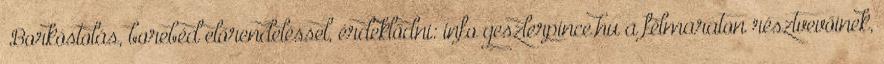
„Borkóstolás, borebéd előrendeléssel, érdeklődni: info geszlerpince.hu a félmaraton résztvevőinek,